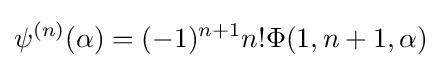
\psi ^{(n)}(\alpha )=(-1)^{n+1}n!\Phi (1,n+1,\alpha )